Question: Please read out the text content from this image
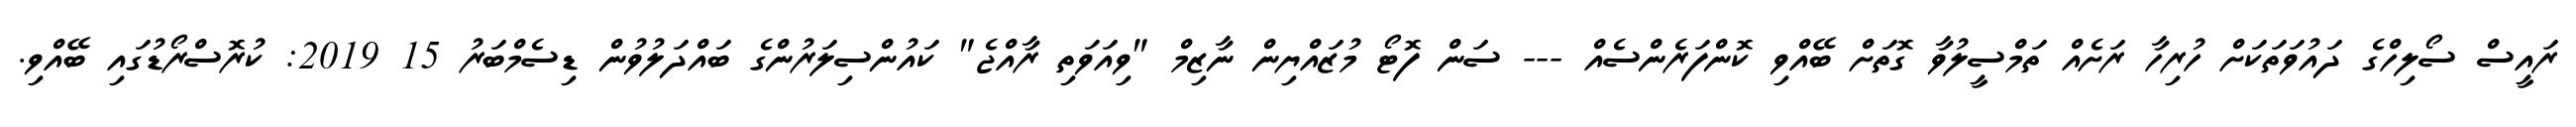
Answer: ރައީސް ސޯލިހްގެ ދައުވަތަކަށް ހުރިހާ ރަށެއް ތަމްސީލުވާ ގޮތަށް ބޭއްވި ކޮންފަރެންސެއް --- ސަން ފޮޓޯ މުޒައްޔިން ނާޒިމް "ވިއަވަތި ރާއްޖެ" ކައުންސިލަރުންގެ ބައްދަލުވުން ޑިސެމްބަރު 15 2019: ކުރޮސްރޯޑުގައި ބޭއްވި.